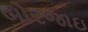
બોરજાઇ